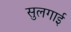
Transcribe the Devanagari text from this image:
सुलगाई